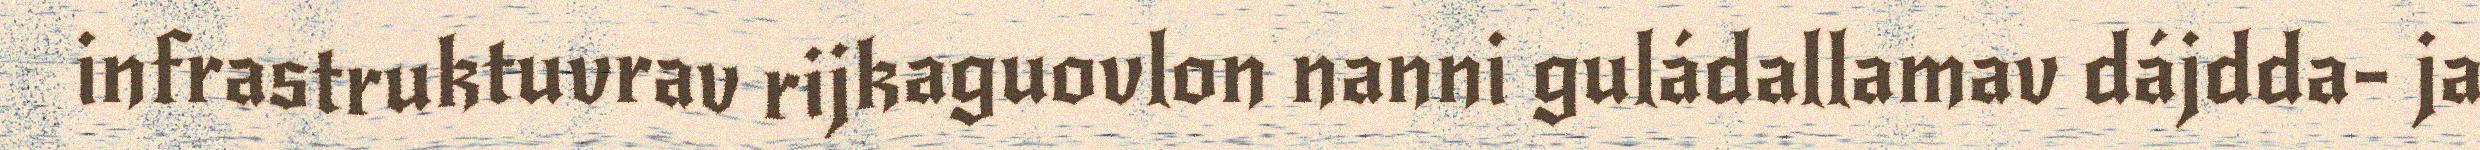
infrastruktuvrav rijkaguovlon nanni guládallamav dájdda- ja